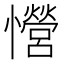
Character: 𢥏